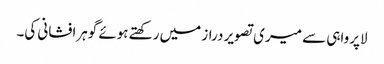
لاپرواہی سے میری تصویر دراز میں رکھتے ہوئے گوہرافشانی کی۔